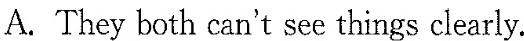
A.They both can't see things clearly.